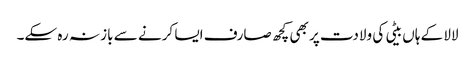
لالا کے ہاں بیٹی کی ولادت پر بھی کچھ صارف ایسا کرنے سے باز نہ رہ سکے۔